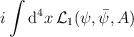
LaTeX: \begin{align*}i\int{\rm d}^4x\,{\cal L}_1(\psi,\bar\psi,A)\end{align*}